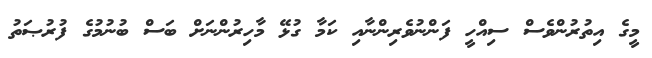
މީގެ އިތުރުންވެސް ސިއްހީ ފަންނުވެރިންނާއި ކަމާ ގުޅޭ މާހިރުންނަށް ބަސް ބުނުމުގެ ފުރުޞަތު